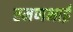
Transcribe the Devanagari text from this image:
रमणभाई